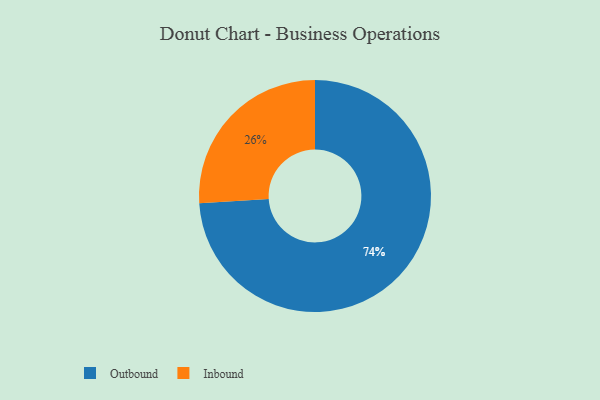
{"axis": {"x": "Category", "y": "Percentage"}, "legend": ["Inbound", "Outbound"], "data": [{"x": "Outbound", "y": 74, "type": "Outbound"}, {"x": "Inbound", "y": 26, "type": "Inbound"}]}